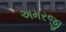
અમરજી